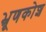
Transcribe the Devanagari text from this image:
भ्रूणकोश